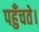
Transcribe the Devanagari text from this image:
पहुँचते।